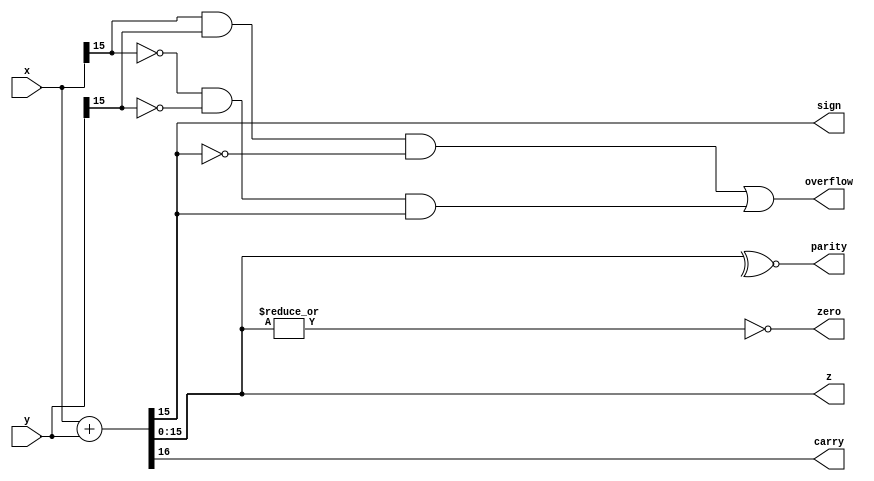
module alu(x,y,z,sign, zero, carry, parity, overflow);

input [15:0]x,y;
output [15:0] z;
output sign, zero, carry, parity, overflow;

assign {carry,z} = x+y;	//16 bit addition;
assign sign = z[15];

assign zero = ~|z;
assign parity = ~^z;

assign overflow  = (x[15] & y[15] & ~z[15]) | (~x[15] & ~y[15] & z[15]);

endmodule